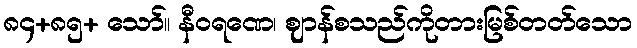
၈၄+၈၅+ သော်။ နီဝရဏေ၊ ဈာန်စသည်ကိုတားမြစ်တတ်သော